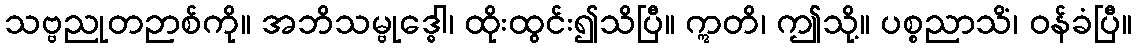
သဗ္ဗညုတဉာစ်ကို။ အဘိသမ္ဗုဒ္ဓေါ၊ ထိုးထွင်း၍သိပြီ။ ဣတိ၊ ဤသို့။ ပစ္စညာသိံ၊ ဝန်ခံပြီ။